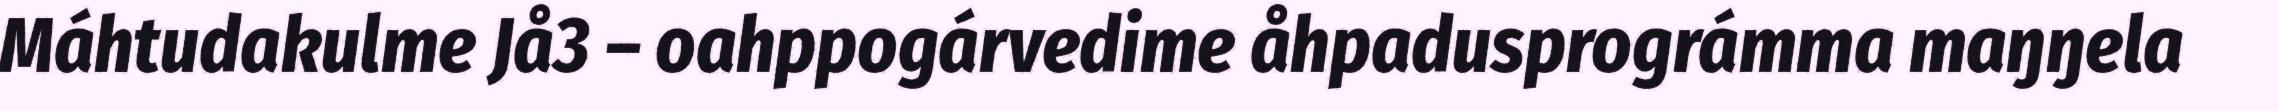
Máhtudakulme Jå3 – oahppogárvedime åhpadusprográmma maŋŋela